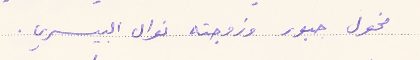
مخول جبور وزوجته نوال البيسري.